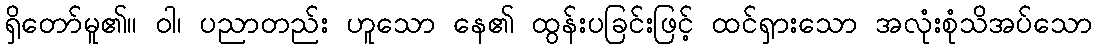
ရှိတော်မူ၏။ ဝါ၊ ပညာတည်း ဟူသော နေ၏ ထွန်းပခြင်းဖြင့် ထင်ရှားသော အလုံးစုံသိအပ်သော